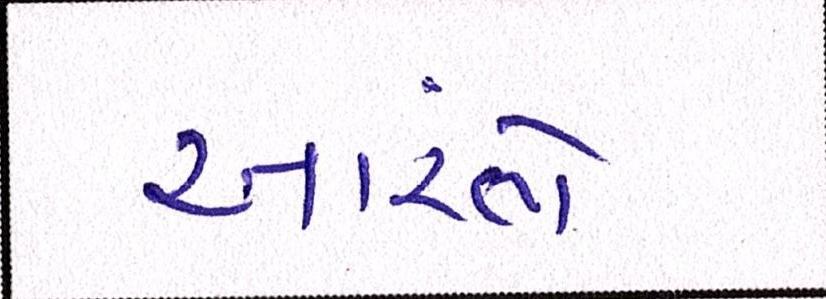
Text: આરંભે